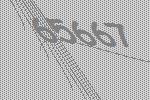
65667